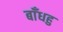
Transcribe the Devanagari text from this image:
बाँधहु